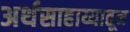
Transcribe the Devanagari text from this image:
अर्थसाहाय्यातून